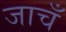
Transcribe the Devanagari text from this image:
जाचँ